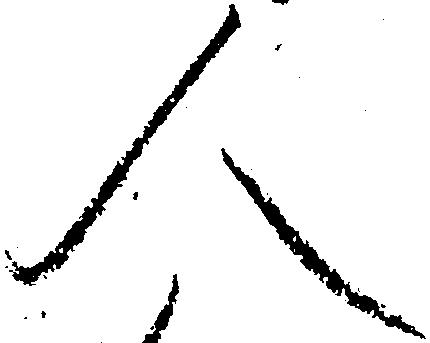
人